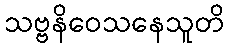
သဗ္ဗနိဝေသနေသူတိ